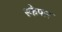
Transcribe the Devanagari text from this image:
स्कैफर